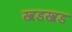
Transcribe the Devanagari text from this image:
खडखड